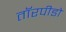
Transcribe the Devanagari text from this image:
तॉरपीडो